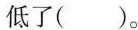
低了（ ）。